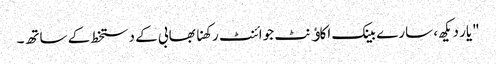
"یار دیکھ، سارے بینک اکاﺅنٹ جوائنٹ رکھنا بھابی کے دستخط کے ساتھ۔